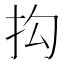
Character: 抅